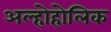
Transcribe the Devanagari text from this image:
अल्होहोलिक